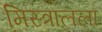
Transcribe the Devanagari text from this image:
मिस्त्रालला